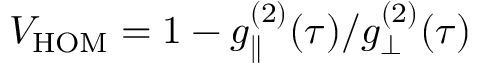
\begin{array} { r } { V _ { \mathrm { H O M } } = 1 - g _ { \parallel } ^ { ( 2 ) } ( \tau ) / g _ { \perp } ^ { ( 2 ) } ( \tau ) } \end{array}